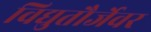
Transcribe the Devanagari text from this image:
विद्युतौर्जेवर